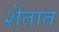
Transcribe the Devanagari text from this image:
शॆतात